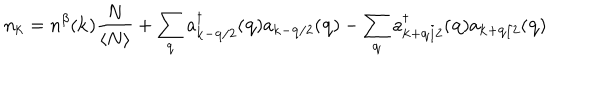
n _ { { \bf { k } } } = n ^ { \beta } ( { \bf { k } } ) \frac { N } { \langle N \rangle } + \sum _ { { \bf { q } } } a _ { { \bf { k } } - { \bf { q } } / 2 } ^ { \dagger } ( { \bf { q } } ) a _ { { \bf { k } } - { \bf { q } } / 2 } ( { \bf { q } } ) - \sum _ { { \bf { q } } } a _ { { \bf { k } } + { \bf { q } } / 2 } ^ { \dagger } ( { \bf { q } } ) a _ { { \bf { k } } + { \bf { q } } / 2 } ( { \bf { q } } )